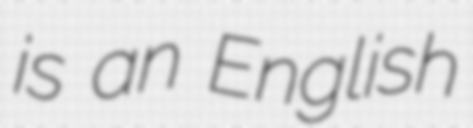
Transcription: is an English